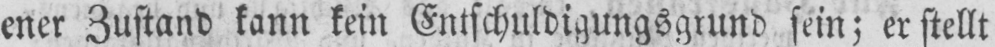
ener Zustand kann kein Entschuldigungsgrund sein; er stellt